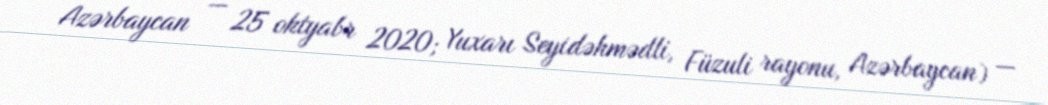
Azərbaycan — 25 oktyabr 2020; Yuxarı Seyidəhmədli, Füzuli rayonu, Azərbaycan) —